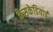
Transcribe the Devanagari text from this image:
कैसकेडियाई